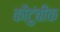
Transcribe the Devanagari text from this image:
कौटुंबीक